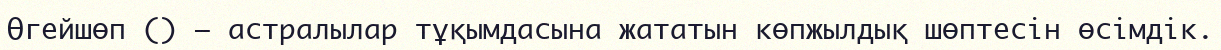
Өгейшөп () — астралылар тұқымдасына жататын көпжылдық шөптесін өсімдік.